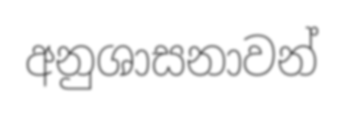
අනුශාසනාවන්